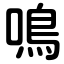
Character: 鳴